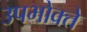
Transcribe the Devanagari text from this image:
उपभोक्ते